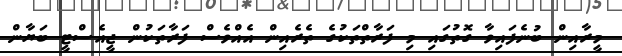
މީރާއިން ބުނެފައިވާ ގޮތުގައި މި ފަރާތްތަކުގެ ތެރެއިން އެއްވެސް ފަރާތަކުން ޖީއެސްޓީ ބަޔާން